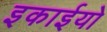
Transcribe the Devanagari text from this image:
इकाईयो